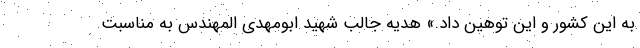
به این کشور و این توهین داد.» هدیه جالب شهید ابومهدی المهندس به مناسبت